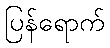
ပြန်ရောက်